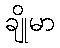
ချိုမာ